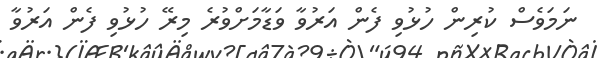
ނަމަވެސް ކުރިން ހުޅުވި ފެން އަރުވާ ވަޑާމަށްވުރެ މިރޭ ހުޅުވި ފެން އަރުވާ